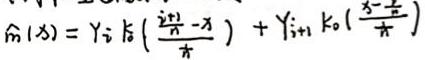
$\hat{m}(x)=Y_i k_0\left(\frac{r_{i+1}-x}{h}\right)+Y_{i+1} k_0\left(\frac{x-r_i}{h}\right)$